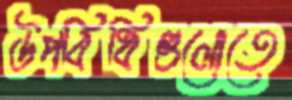
উপবিধিগুলোতে